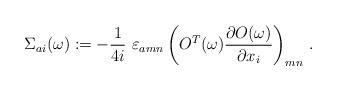
LaTeX: \begin{align*}\Sigma_{ai}(\omega):= - \frac{1}{4 i}\ \varepsilon_{amn}\left(O^T(\omega)\frac{\partial O(\omega)}{\partial x_i}\right)_{mn}\,.\end{align*}